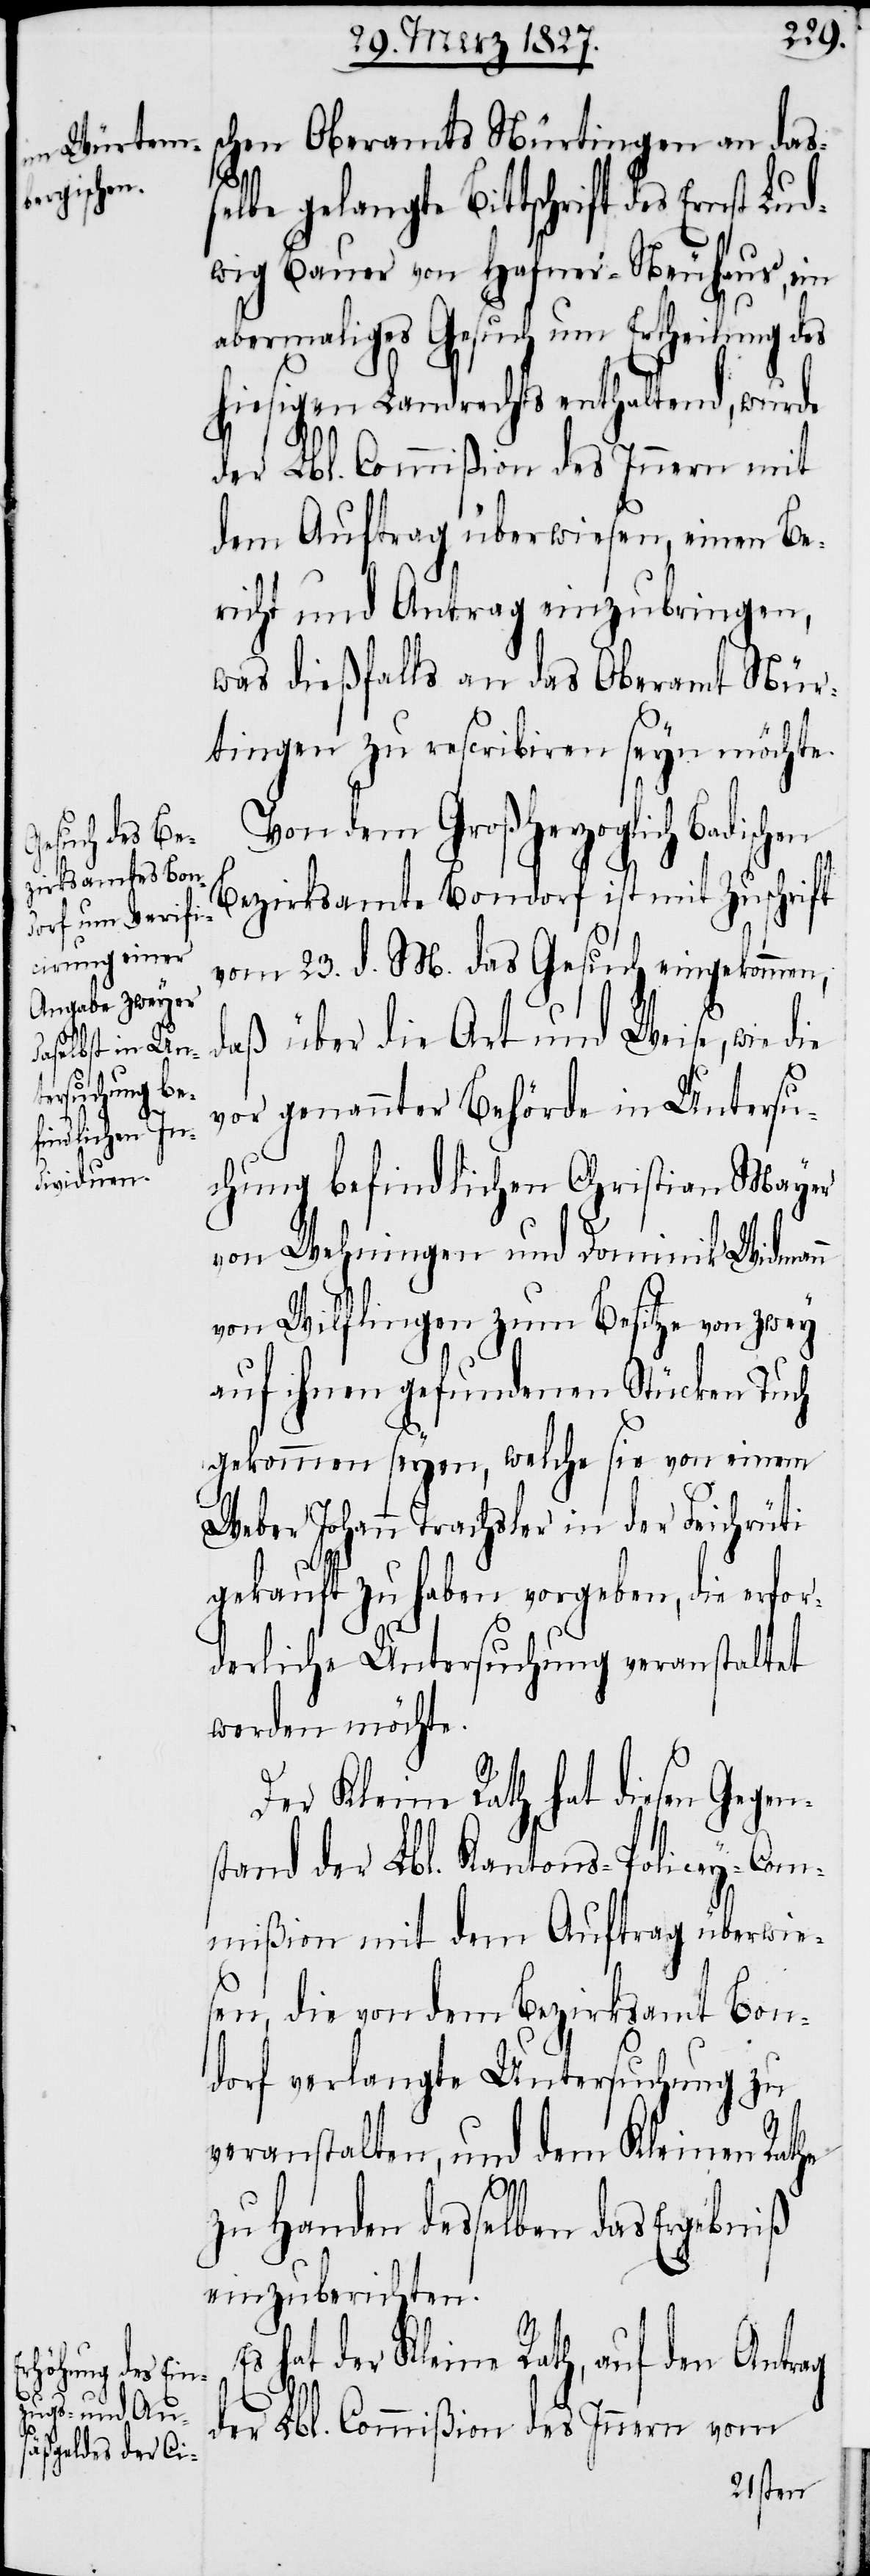
schen Oberamts Nürtingen an dass¬
elbe gelangte Bittschrift des Ernst Lud¬
wig Bauer von Hafner-Neuhaus, ein
abermaliges Gesuch um Ertheilung des
hiesigen Landrechts enthaltend, wurde
der Lbl. Commißion des Innern mit
dem Auftrag überwiesen, einen Be¬
richt und Antrag einzubringen,
was dießfalls an das Oberamt Nür¬
tingen zu rescribiren seyn möchte.
Von dem Großherzoglich Badischen
Bezirksamte Bondorf ist mit Zuschrift
vom 23. d. M. das Gesuch eingekommen,
aß über die Art und Weise, wie die
vor genannter Behörde in Untersu¬
chung befindlichen Christian Mayer
von Wehningen und Dominik Weidmann
von Wilflingen zum Besitze von zwey
auf ihnen gefundenen Stücken Tuch
gekommen seyen, welche sie von einem
Weber Johann Trachsler in der Feichrüti
gekauft zu haben vorgeben, die erfor¬
derliche Untersuchung veranstaltet
werden möchte.
Der Kleine Rath hat diesen Gegen¬
stand der Lbl. Kantons-Policey-Com¬
mißion mit dem Auftrag überwie¬
sen, die von dem Bezirksamt Bon¬
dorf verlangte Untersuchung zu
veranstalten, und dem Kleinen Rathe
ag
zu Handen desselben das Ergebniß
einzuberichten.
hat der Kleine Rath, auf den Antr¬
der Lbl. Commißion des Innern vom